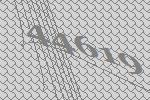
44619